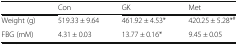
|  | Con | GK | Met |
 | --- | --- | --- | --- |
 | Weight (g) | 519.33 ± 9.64 | 461.92 ± 4.53* | 420.25 ± 5.28*# |
 | FBG (mM) | 4.31 ± 0.03 | 13.77 ± 0.16* | 9.45 ± 0.05 |